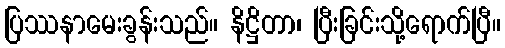
ပြဿနာမေးခွန်းသည်။ နိဋ္ဌိတာ၊ ပြီးခြင်းသို့ရောက်ပြီ။